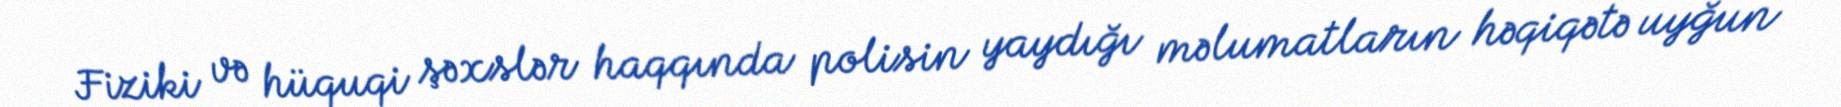
Fiziki və hüquqi şəxslər haqqında polisin yaydığı məlumatların həqiqətə uyğun